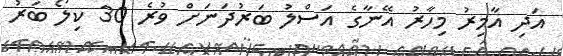
އަދި އާމިރު މިހާރު އޭނާގެ އަސްލު ބަރުދަނަށް ވުރެ 30 ކިލޯ ބަރު